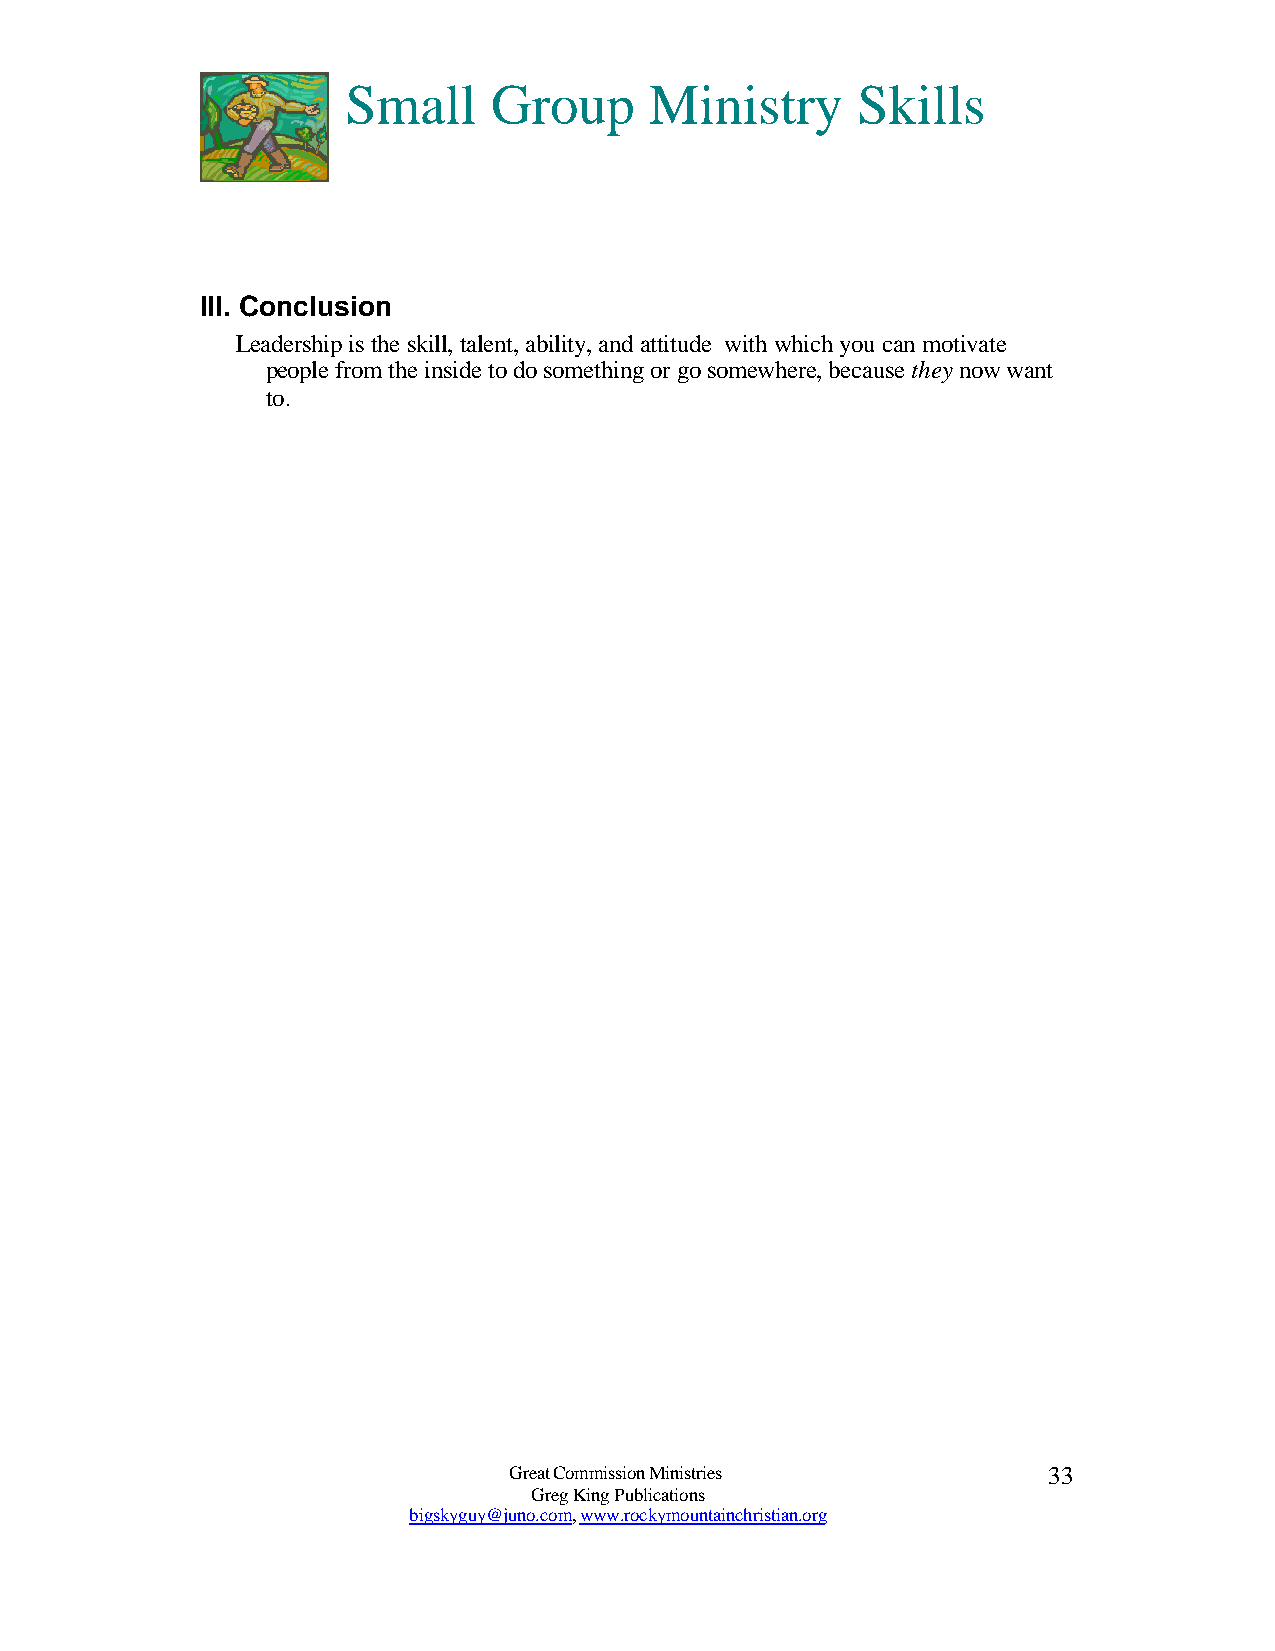
Small     Group     Ministry      Skills
 III. Conclusion
 Leadership is the skill, talent, ability, and attitude with which you can motivate
 people from the inside to do something or go somewhere, because they now want
 to.
 Great Commission Ministries        33
 Greg King Publications
 bigskyguy@juno.com, www.rockymountainchristian.org